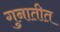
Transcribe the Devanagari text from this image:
गुनातीत